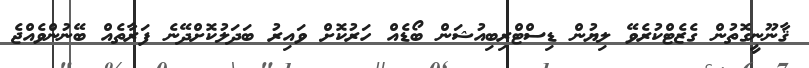
ޤާނޫނީގޮތުން ގެޒެޓްކުރެވޭ ލިޔުން ޑިސްޓްރިބިއުޝަން ބޯޑެއް ހަރުކޮށް ވައިރު ބަދަލުކޮށްދޭނެ ފަރާތެއް ބޭނުންވެއްޖެ